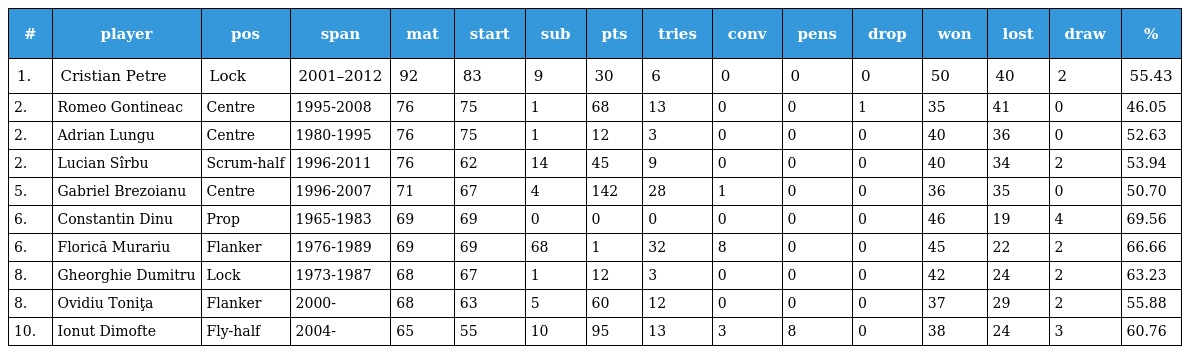
| # | player | pos | span | mat | start | sub | pts | tries | conv | pens | drop | won | lost | draw | % |
 | --- | --- | --- | --- | --- | --- | --- | --- | --- | --- | --- | --- | --- | --- | --- | --- |
 | 1. | Cristian Petre | Lock | 2001–2012 | 92 | 83 | 9 | 30 | 6 | 0 | 0 | 0 | 50 | 40 | 2 | 55.43 |
 | 2. | Romeo Gontineac | Centre | 1995-2008 | 76 | 75 | 1 | 68 | 13 | 0 | 0 | 1 | 35 | 41 | 0 | 46.05 |
 | 2. | Adrian Lungu | Centre | 1980-1995 | 76 | 75 | 1 | 12 | 3 | 0 | 0 | 0 | 40 | 36 | 0 | 52.63 |
 | 2. | Lucian Sîrbu | Scrum-half | 1996-2011 | 76 | 62 | 14 | 45 | 9 | 0 | 0 | 0 | 40 | 34 | 2 | 53.94 |
 | 5. | Gabriel Brezoianu | Centre | 1996-2007 | 71 | 67 | 4 | 142 | 28 | 1 | 0 | 0 | 36 | 35 | 0 | 50.70 |
 | 6. | Constantin Dinu | Prop | 1965-1983 | 69 | 69 | 0 | 0 | 0 | 0 | 0 | 0 | 46 | 19 | 4 | 69.56 |
 | 6. | Florică Murariu | Flanker | 1976-1989 | 69 | 69 | 68 | 1 | 32 | 8 | 0 | 0 | 45 | 22 | 2 | 66.66 |
 | 8. | Gheorghie Dumitru | Lock | 1973-1987 | 68 | 67 | 1 | 12 | 3 | 0 | 0 | 0 | 42 | 24 | 2 | 63.23 |
 | 8. | Ovidiu Toniţa | Flanker | 2000- | 68 | 63 | 5 | 60 | 12 | 0 | 0 | 0 | 37 | 29 | 2 | 55.88 |
 | 10. | Ionut Dimofte | Fly-half | 2004- | 65 | 55 | 10 | 95 | 13 | 3 | 8 | 0 | 38 | 24 | 3 | 60.76 |